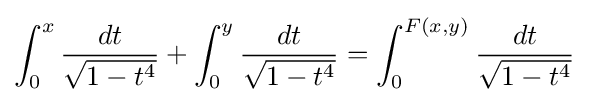
\int _{0}^{x}{dt \over {\sqrt {1-t^{4}}}}+\int _{0}^{y}{dt \over {\sqrt {1-t^{4}}}}=\int _{0}^{F(x,y)}{dt \over {\sqrt {1-t^{4}}}}